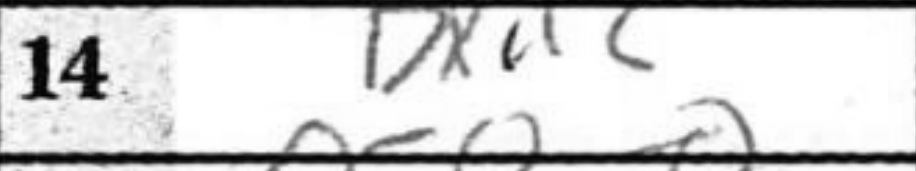
Transcription: Bxd2